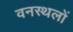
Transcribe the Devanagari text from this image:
वनस्थलों